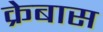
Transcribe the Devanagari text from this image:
क्रेबास